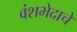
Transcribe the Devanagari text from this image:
वंशभेदाचे